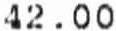
42.00